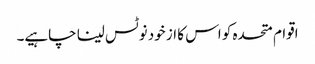
اقوام متحدہ کو اس کا از خود نوٹس لینا چاہیے۔